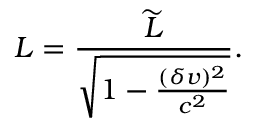
L = \frac { { \widetilde { L } } } { \sqrt { 1 - \frac { ( \delta v ) ^ { 2 } } { c ^ { 2 } } } } .